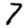
Digit: 7